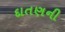
દાતણની